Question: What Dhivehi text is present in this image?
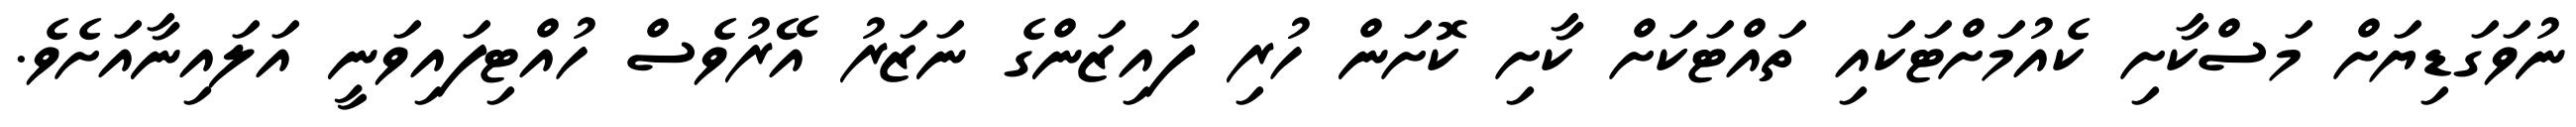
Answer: ނުވަގަޑިޔަށް މަސްކާށި ކެއުމަށްޓަކައި ތައްޓަކަށް ކާށި ކޮށަން ހުރި ފައިޒަންގެ ނަޒަރު އޭރުވެސް ހުއްޓިފައިވަނީ އަލައިނާއަށެވެ.